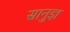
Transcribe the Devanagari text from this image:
सानुज्ञ